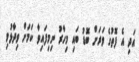
އަދި އެ ފޮތުގެ ވަރަށް ބޮޑު ބައި މިހާރު ނިމިފައިވާ ކަމަށް ވިދާޅުވި